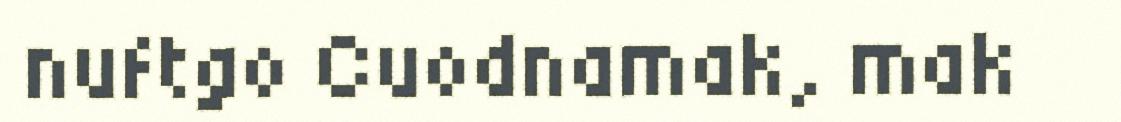
nuftgo Cuodnamak, mak